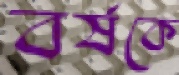
বর্ষকে